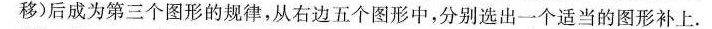
移)后成为第三个图形的规律，从右边五个图形中，分别选出一个适当的图形补上.